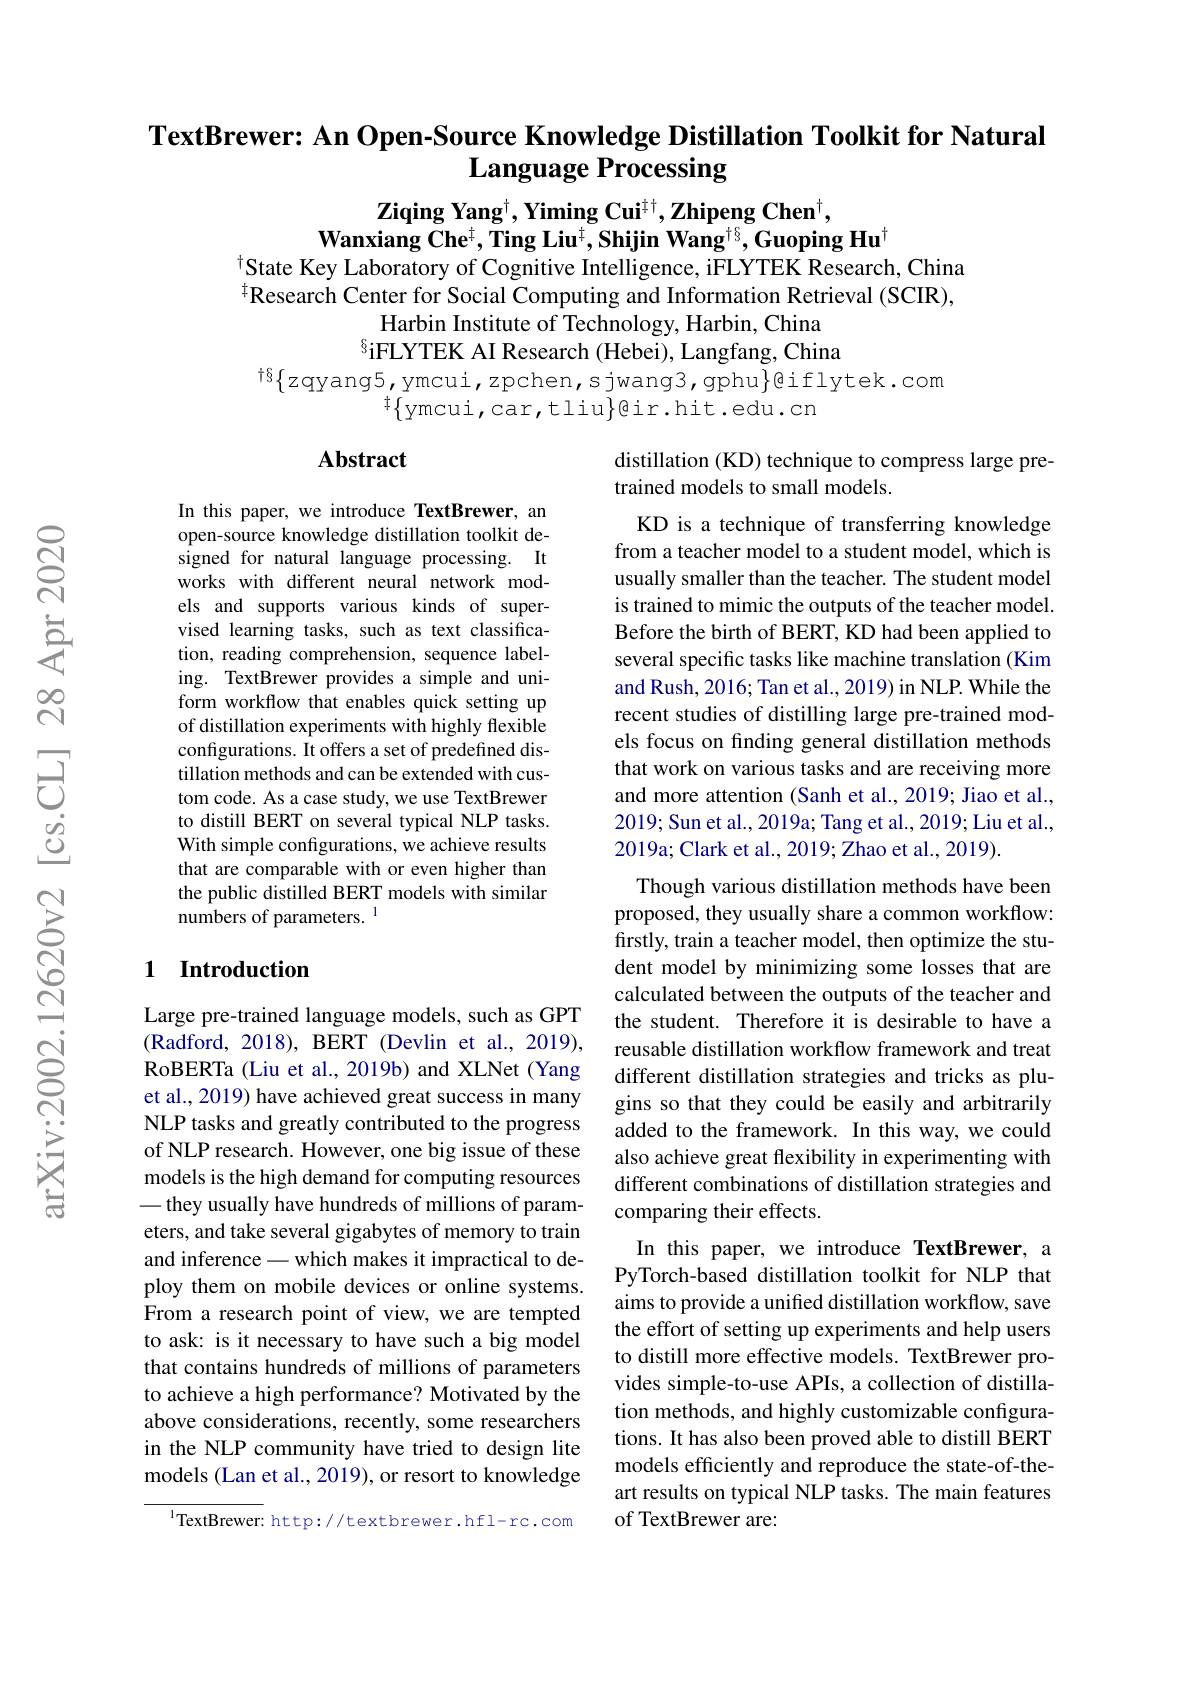
### TextBrewer: An Open-Source Knowledge Distillation Toolkit for Natural Language Processing

$\mathbf{Ziqing~Yang^{\dagger},~Yiming~Cui^{\dagger\dagger},~Zhipeng~Chen^{\dagger},}$
$\textbf{Wanxiang Che}^{\dagger},\textbf{Ting Liu}^{\dagger},\textbf{Shijin Wang}^{\dagger\delta},\textbf{Guoping Hu}^{\dagger}$
$^{\dagger}$State Key Laboratory of Cognitive Intelligence, iFLYTEK Research, China

$^{\ddagger}$Research Center for Social Computing and Information Retrieval (SCIR),
Harbin Institute of Technology, Harbin, China $^{8}$iFLYTEK AI Research (Hebei), Langfang, China
t6$\{$zqyang5,ymcui,zpchen,sjwang3,gphu$\}$@iflytek.com
$^{\ddagger}\{$ymcui,car,tliu$\}$gir.hit.edu.cn

## Abstract

distillation (KD) technique to compress large pre-
trained models to small models.

In this paper, we introduce TextBrewer, an open-source knowledge distillation toolkit designed for natural language processing. It works with different neural network models and supports various kinds of supervised learning tasks, such as text classification, reading comprehension, sequence labeling. TextBrewer provides a simple and uniform workflow that enables quick setting up of distillation experiments with highly flexible configurations. It offers a set of predefined distillation methods and can be extended with custom code. As a case study, we use TextBrewer to distill BERT on several typical NLP tasks. With simple configurations, we achieve results that are comparable with or even higher than the public distilled BERT models with similar numbers of parameters. $^{1}$

## 1 Introduction

KD is a technique of transferring knowledge from a teacher model to a student model, which is usually smaller than the teacher. The student model is trained to mimic the outputs of the teacher model. Before the birth of BERT, KD had been applied to several specific tasks like machine translation (Kim and Rush, 2016; Tan et al., 2019) in NLP. While the recent studies of distilling large pre-trained models focus on finding general distillation methods that work on various tasks and are receiving more and more attention (Sanh et al., 2019; Jiao et al., 2019; Sun et al., 2019a; Tang et al., 2019; Liu et al., 2019a; Clark et al., 2019; Zhao et al., 2019).
Though various distillation methods have been proposed, they usually share a common workflow: firstly, train a teacher model, then optimize the student model by minimizing some losses that are calculated between the outputs of the teacher and the student. Therefore it is desirable to have a reusable distillation workflow framework and treat different distillation strategies and tricks as plugins so that they could be easily and arbitrarily added to the framework. In this way, we could also achieve great flexibility in experimenting with different combinations of distillation strategies and comparing their effects.
In this paper, we introduce TextBrewer, a PyTorch-based distillation toolkit for NLP that aims to provide a unified distillation workflow, save the effort of setting up experiments and help users to distill more effective models. TextBrewer provides simple-to-use APIs, a collection of distillation methods, and highly customizable configurations. It has also been proved able to distill BERT models efficiently and reproduce the state-of-theart results on typical NLP tasks. The main features of TextBrewer are:

Large pre-trained language models, such as GPT (Radford, 2018), BERT (Devlin et al., 2019), RoBERTa (Liu et al.,2019b) and XLNet (Yang et al., 2019) have achieved great success in many NLP tasks and greatly contributed to the progress of NLP research. However, one big issue of these models is the high demand for computing resources - they usually have hundreds of millions of parameters, and take several gigabytes of memory to train and inference - which makes it impractical to deploy them on mobile devices or online systems. From a research point of view, we are tempted to ask: is it necessary to have such a big model that contains hundreds of millions of parameters to achieve a high performance? Motivated by the above considerations, recently, some researchers in the NLP community have tried to design lite models (Lan et al., 2019), or resort to knowledge

$^{1}$TextBrewer: http://textbrewer.hfl-rc.com